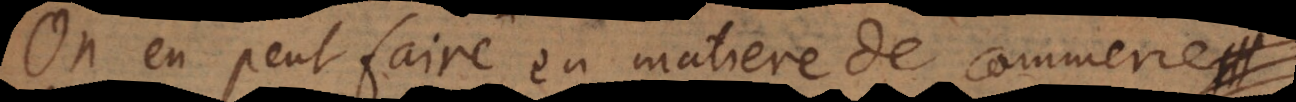
On en peut faire en matiere de commerce,